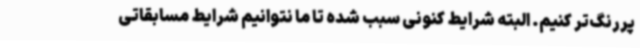
پررنگ‌تر کنیم. البته شرایط کنونی سبب شده تا ما نتوانیم شرایط مسابقاتی